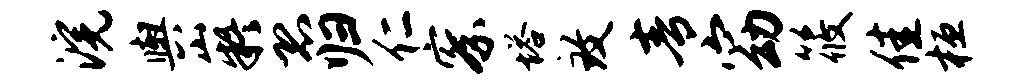
浣舆嶷恐归仁察塔致青窈筱佳桓